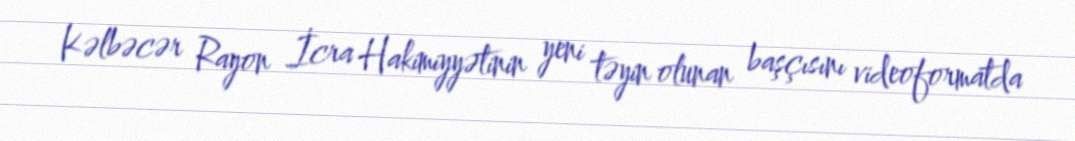
Kəlbəcər Rayon İcra Hakimiyyətinin yeni təyin olunan başçısını videoformatda